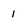
Character: 1